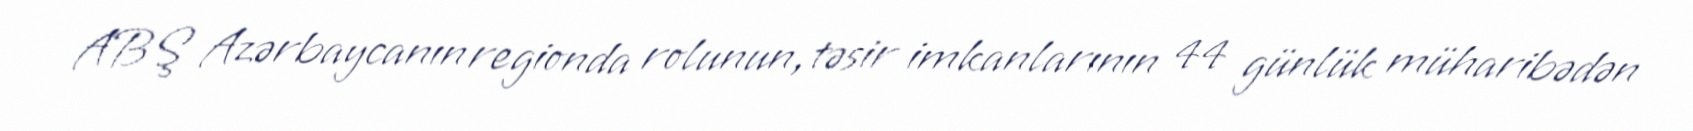
ABŞ Azərbaycanın regionda rolunun, təsir imkanlarının 44 günlük müharibədən